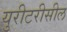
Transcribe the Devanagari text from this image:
युरीटरीसील